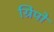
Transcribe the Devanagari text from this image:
ग्रिपों